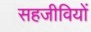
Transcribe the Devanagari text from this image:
सहजीवियों